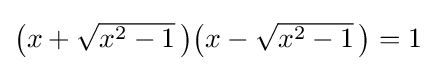
\textstyle {\bigl (}x+{\sqrt {x^{2}-1}}\!~{\bigr )}{\bigl (}x-{\sqrt {x^{2}-1}}\!~{\bigr )}=1